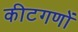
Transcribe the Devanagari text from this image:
कीटगणों